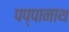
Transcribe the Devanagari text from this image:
पप्पानाथ